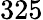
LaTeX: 325